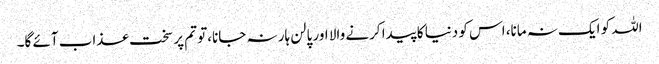
اللہ کو ایک نہ مانا، اس کو دنیا کا پیدا کرنے والا اور پالن ہار نہ جانا،تو تم پر سخت عذاب آئے گا۔